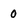
Character: 0